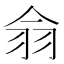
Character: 𦏾